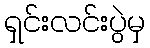
ရှင်းလင်းပွဲမှ